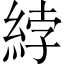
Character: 綍